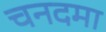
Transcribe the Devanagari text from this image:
चनदमा